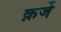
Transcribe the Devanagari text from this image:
क़र्जे